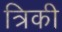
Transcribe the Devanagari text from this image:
त्रिकी